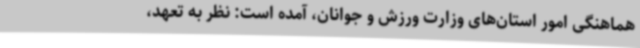
هماهنگی امور استان‌های وزارت ورزش و جوانان، آمده است: نظر به تعهد،